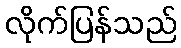
လိုက်ပြန်သည်